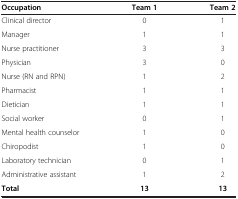
<table><thead><tr><td><b>Occupation</b></td><td><b>Team 1</b></td><td><b>Team 2</b></td></tr></thead><tbody><tr><td>Clinical director</td><td>0</td><td>1</td></tr><tr><td>Manager</td><td>1</td><td>1</td></tr><tr><td>Nurse practitioner</td><td>3</td><td>3</td></tr><tr><td>Physician</td><td>3</td><td>0</td></tr><tr><td>Nurse (RN and RPN)</td><td>1</td><td>2</td></tr><tr><td>Pharmacist</td><td>1</td><td>1</td></tr><tr><td>Dietician</td><td>1</td><td>1</td></tr><tr><td>Social worker</td><td>0</td><td>1</td></tr><tr><td>Mental health counselor</td><td>1</td><td>0</td></tr><tr><td>Chiropodist</td><td>1</td><td>0</td></tr><tr><td>Laboratory technician</td><td>0</td><td>1</td></tr><tr><td>Administrative assistant</td><td>1</td><td>2</td></tr><tr><td><b>Total</b></td><td><b>13</b></td><td><b>13</b></td></tr></tbody></table>